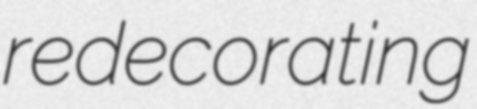
redecorating